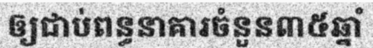
ឲ្យជាប់ពន្ធនាគារចំនួន៣៥ឆ្នាំ